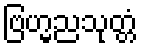
ဗြဟ္မညသုတ္တံ